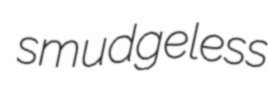
smudgeless